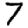
Digit: 7